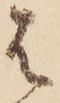
は